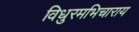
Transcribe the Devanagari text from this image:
विधुरमभिचाराय